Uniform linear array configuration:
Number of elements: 8
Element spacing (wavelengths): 0.75
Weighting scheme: binomial
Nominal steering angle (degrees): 0
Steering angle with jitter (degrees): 0.6676
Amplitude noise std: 0.05
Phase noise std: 0.05

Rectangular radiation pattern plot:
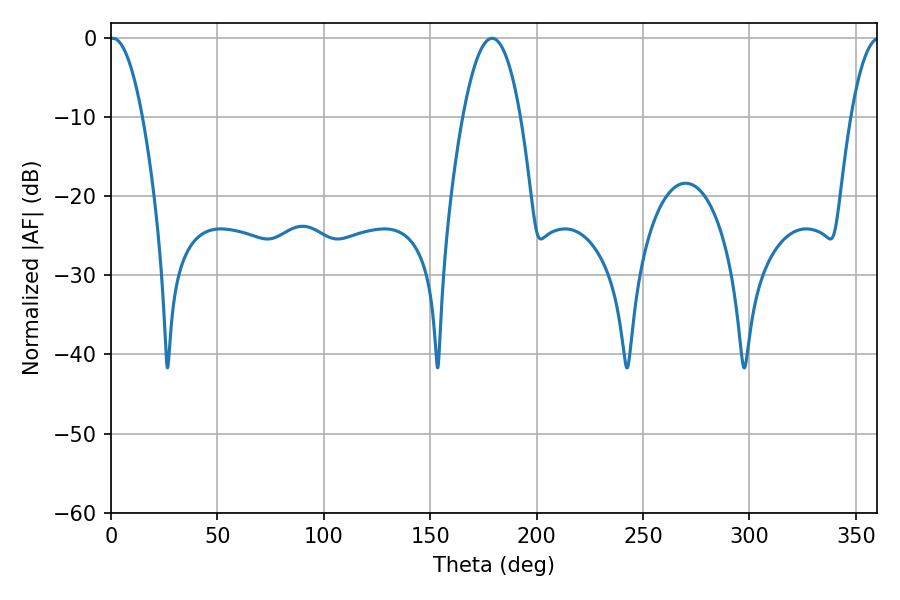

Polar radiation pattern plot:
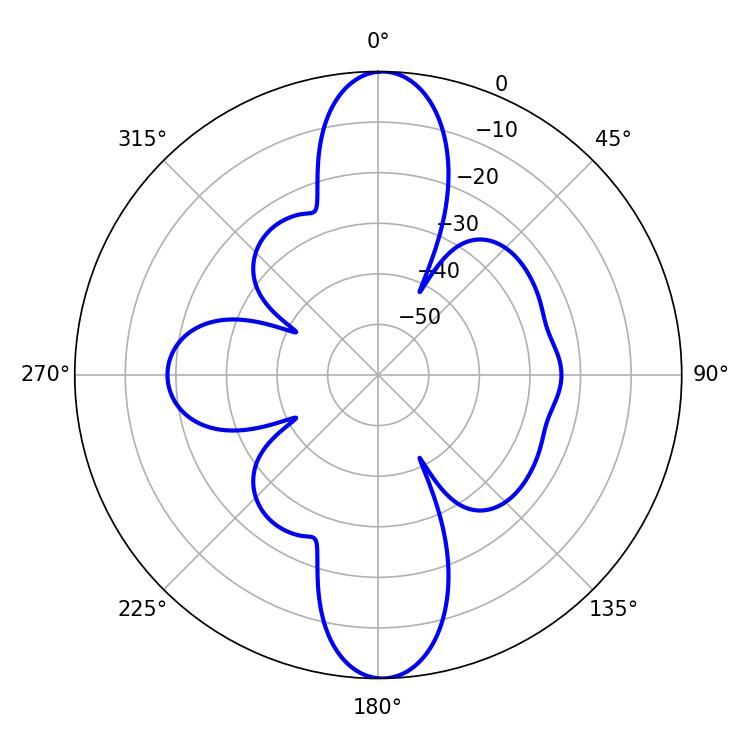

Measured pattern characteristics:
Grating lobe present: TRUE
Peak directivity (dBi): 24.052
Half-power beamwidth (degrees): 8.46
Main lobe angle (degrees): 0.9